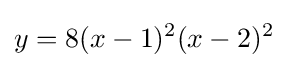
y=8(x-1)^{2}(x-2)^{2}